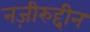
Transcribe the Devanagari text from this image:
नज़ीरुद्दीन